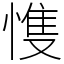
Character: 愯